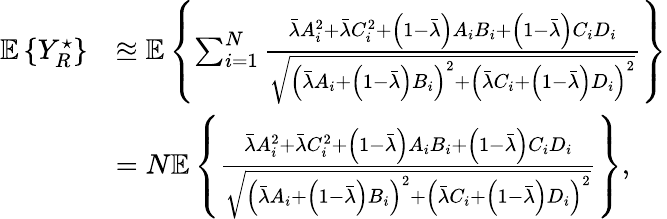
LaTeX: \begin{array}{rl}{\mathbb{E}\left\{ Y_{R}^{\star}\right\} }&{\approxeq\mathbb{E}\left\{ \sum_{i=1}^{N}\frac{\bar{\lambda}A_{i}^{2}+\bar{\lambda}C_{i}^{2}+\left(1-\bar{\lambda}\right)A_{i}B_{i}+\left(1-\bar{\lambda}\right)C_{i}D_{i}}{\sqrt{\left(\bar{\lambda}A_{i}+\left(1-\bar{\lambda}\right)B_{i}\right)^{2}+\left(\bar{\lambda}C_{i}+\left(1-\bar{\lambda}\right)D_{i}\right)^{2}}}\right\} }\\ &{=N\mathbb{E}\left\{ \frac{\bar{\lambda}A_{i}^{2}+\bar{\lambda}C_{i}^{2}+\left(1-\bar{\lambda}\right)A_{i}B_{i}+\left(1-\bar{\lambda}\right)C_{i}D_{i}}{\sqrt{\left(\bar{\lambda}A_{i}+\left(1-\bar{\lambda}\right)B_{i}\right)^{2}+\left(\bar{\lambda}C_{i}+\left(1-\bar{\lambda}\right)D_{i}\right)^{2}}}\right\} ,}\end{array}